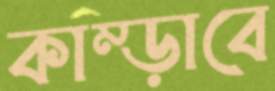
কাম্‌ড়াবে